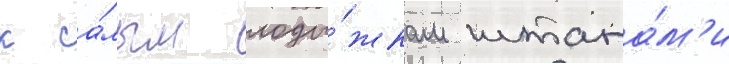
к са́мым лоды́жкам штана́м'и